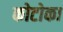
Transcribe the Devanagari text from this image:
कोटोका